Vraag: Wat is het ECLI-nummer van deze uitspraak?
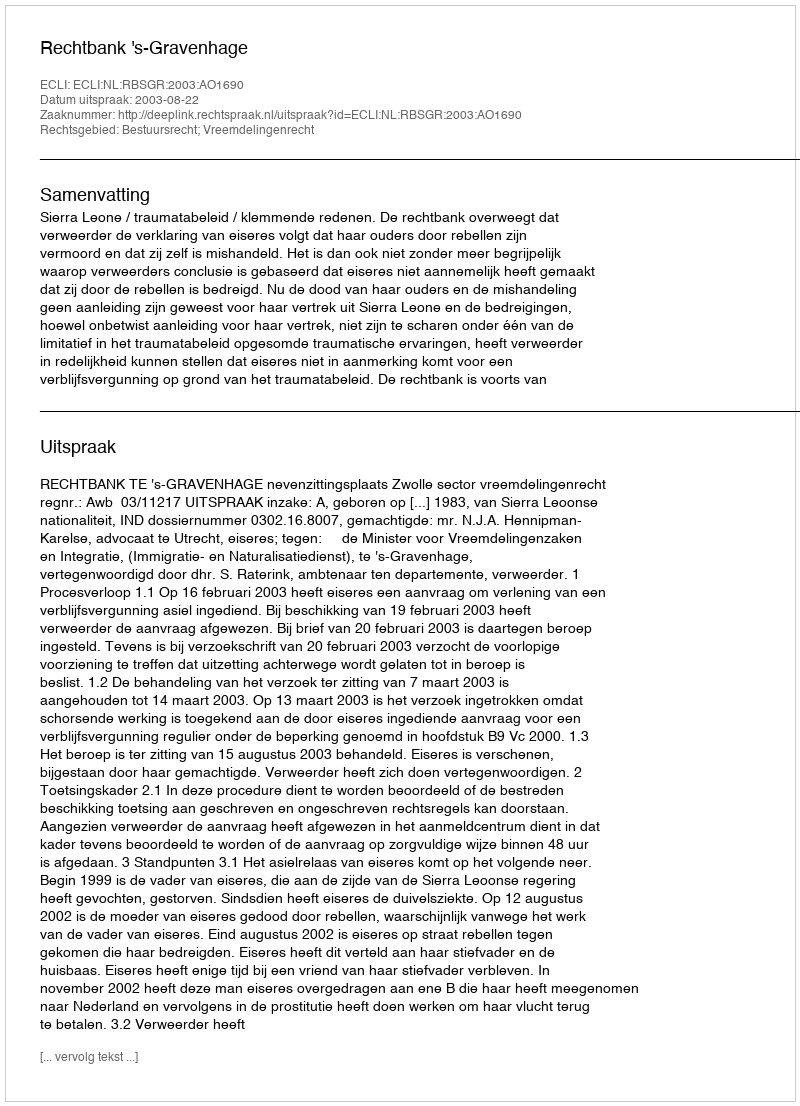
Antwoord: ECLI:NL:RBSGR:2003:AO1690